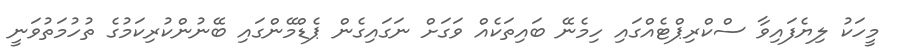
މީހަކު ލިޔެފައިވާ ސްކްރިޕްޓެއްގައި ހިމެނޭ ބައިތަކެއް ވަގަށް ނަގައިގެން ޕެޑްމޭންގައި ބޭނުންކުރިކަމުގެ ތުހުމަތުވަނީ